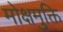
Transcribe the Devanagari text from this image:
मोक्षमुक्ति